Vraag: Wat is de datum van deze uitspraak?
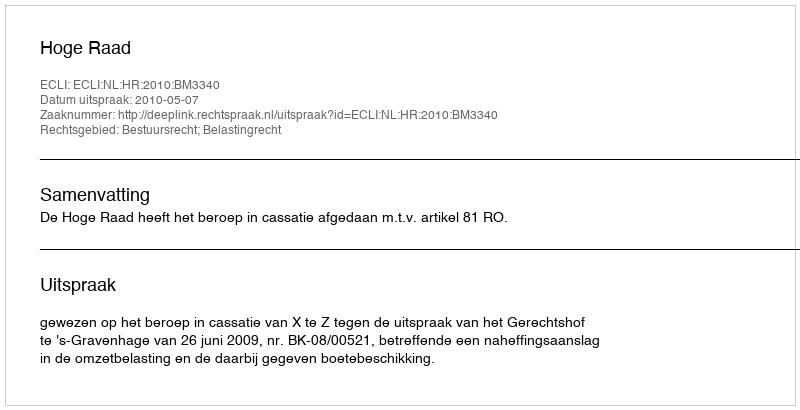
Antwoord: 2010-05-07